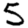
Digit: 5